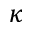
\kappa